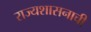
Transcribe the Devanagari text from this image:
राज्यशासनाची